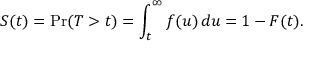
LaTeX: S ( t ) = \operatorname* { P r } ( T > t ) = \int _ { t } ^ { \infty } f ( u ) \, d u = 1 - F ( t ) .